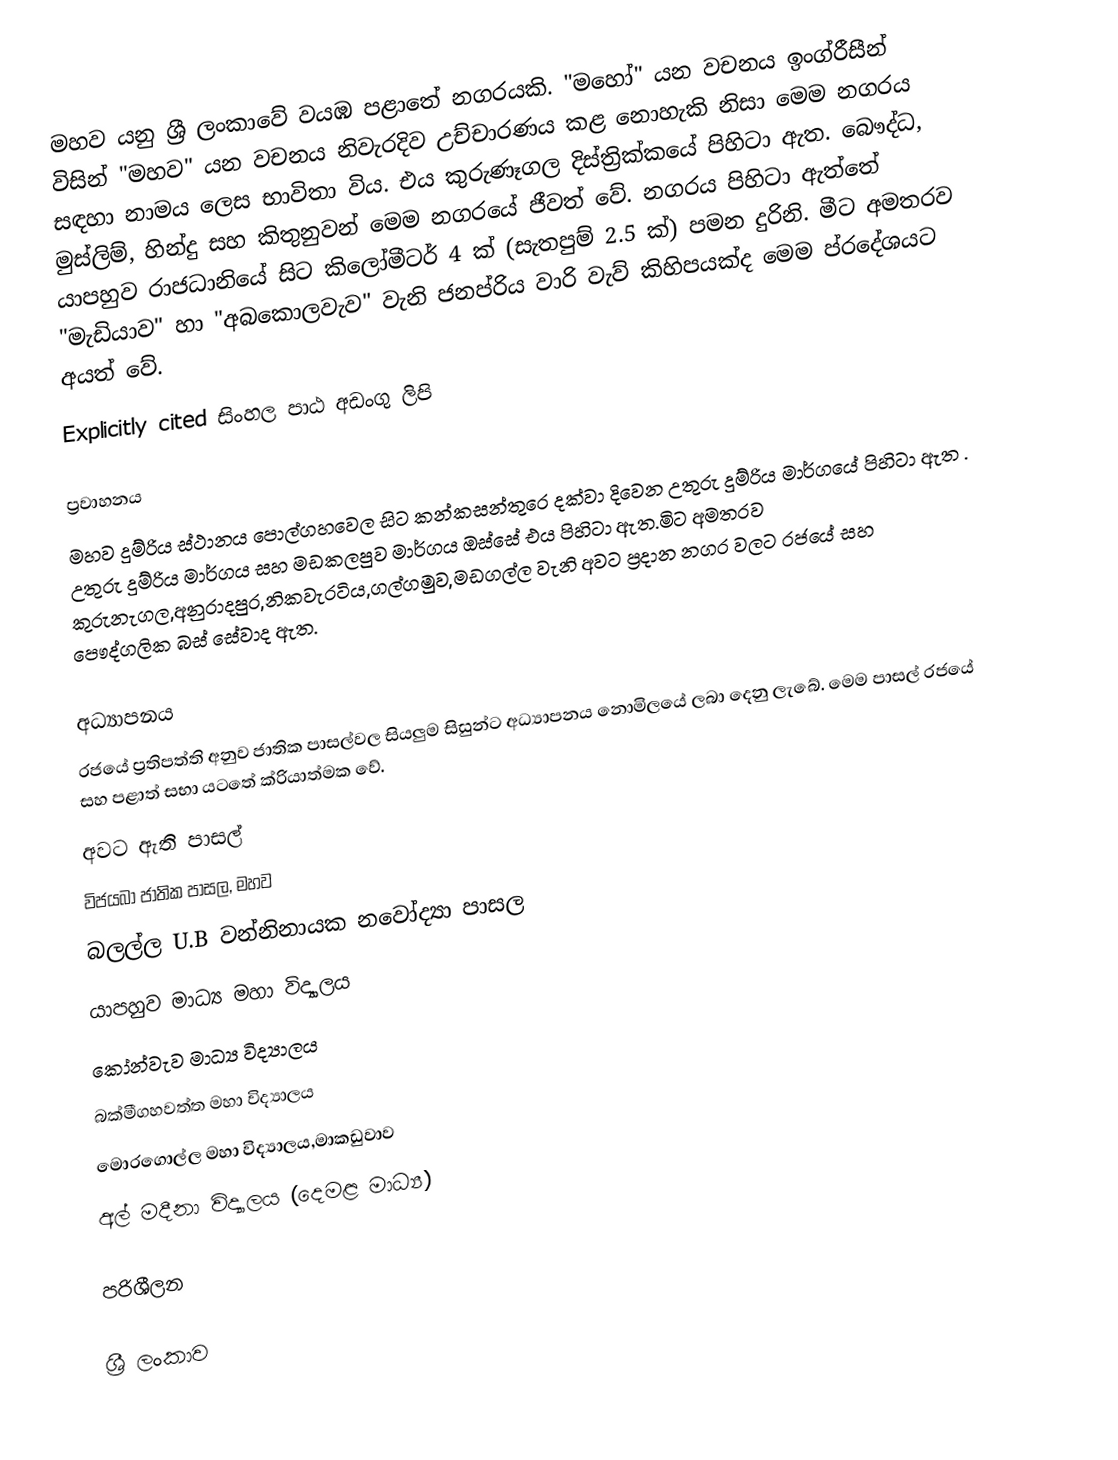
මහව යනු ශ්‍රී ලංකාවේ වයඹ පළාතේ නගරයකි. "මහෝ" යන වචනය ඉංග්රීසීන් විසින් "මහව" යන වචනය නිවැරදිව උච්චාරණය කළ නොහැකි නිසා මෙම නගරය සඳහා නාමය ලෙස භාවිතා විය. එය කුරුණෑගල දිස්ත්‍රික්කයේ පිහිටා ඇත. බෞද්ධ, මුස්ලිම්, හින්දු සහ කිතුනුවන් මෙම නගරයේ ජීවත් වේ. නගරය පිහිටා ඇත්තේ යාපහුව රාජධානියේ  සිට කිලෝමීටර් 4 ක් (සැතපුම් 2.5 ක්) පමන දුරිනි. මීට අමතරව "මැඩියාව" හා "අබකොලවැව" වැනි ජනප්රිය වාරි වැව් කිහිපයක්ද මෙම ප්රදේශයට අයත් වේ.
Explicitly cited සිංහල පාඨ අඩංගු ලිපි

ප්‍රවාහනය
මහව දුම්රිය ස්ථානය  පොල්ගහවෙල සිට කන්කසන්තුරෙ දක්වා දිවෙන උතුරු දුම්රිය මාර්ගයේ පිහිටා ඇත . උතුරු දුම්රිය මාර්ගය සහ මඩකලපුව මාර්ගය ඔස්සේ එය පිහිටා ඇත.මිට අමතරව කුරුනැගල,අනුරාදපුර,නිකවැරටිය,ගල්ගමුව,මඩගල්ල වැනි අවට ප්‍රදාන නගර වලට රජයේ සහ පෞද්ගලික බස් සේවාද ඇත.

අධ්‍යාපනය
 රජයේ ප්‍රතිපත්ති අනුව ජාතික පාසල්වල සියලුම සිසුන්ට අධ්‍යාපනය නොමිලයේ ලබා දෙනු ලැබේ. මෙම පාසල් රජයේ සහ පළාත් සභා යටතේ ක්රියාත්මක වේ.
 අවට ඇති පාසල්
 විජයබා ජාතික පාසල, මහව
 බලල්ල U.B වන්නිනායක නවෝද්‍යා පාසල
 යාපහුව මාධ්‍ය මහා විද්‍යාලය
 කෝන්වැව මාධ්‍ය විද්‍යාලය
 බක්මීගහවත්ත මහා විද්‍යාලය
 මොරගොල්ල මහා විද්‍යාලය,මාකඩුවාව
 අල් මදීනා විද්‍යාලය (දෙමළ මාධ්‍ය)

පරිශීලන

ශ්‍රී ලංකාව